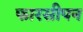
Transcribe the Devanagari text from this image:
फारसीपन